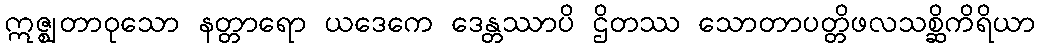
ဣဇ္ဈတာဝုသော နတ္တာရော ယဒေကေ ဒေန္တဿာပိ ဌိတဿ သောတာပတ္တိဖလသစ္ဆိကိရိယာ